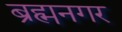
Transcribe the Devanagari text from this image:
ब्रह्मनगर